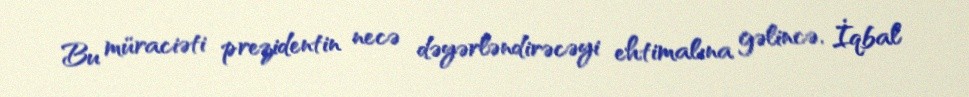
Bu müraciəti prezidentin necə dəyərləndirəcəyi ehtimalına gəlincə, İqbal